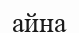
айна